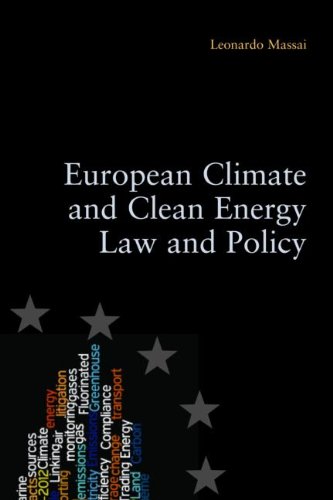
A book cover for European Climate and Clean Energy Law and Policy; Leonardo Massai; Law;